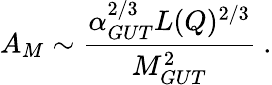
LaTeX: A_{M}\sim{\frac{\alpha_{GUT}^{2/3}L(Q)^{2/3}}{M_{GUT}^{2}}}\ .